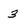
Character: 3